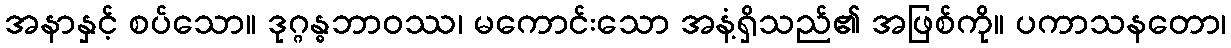
အနာနှင့် စပ်သော။ ဒုဂ္ဂန္ဓဘာဝဿ၊ မကောင်းသော အနံ့ရှိသည်၏ အဖြစ်ကို။ ပကာသနတော၊